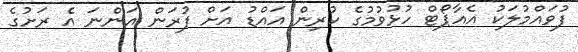
ފުވައްމުލަކު އެއާޕޯޓް ހުޅުވުމުގެ ކުރިން އައްޑު އަށް ފުރަން އަންނަ އެ ރަށުގެ